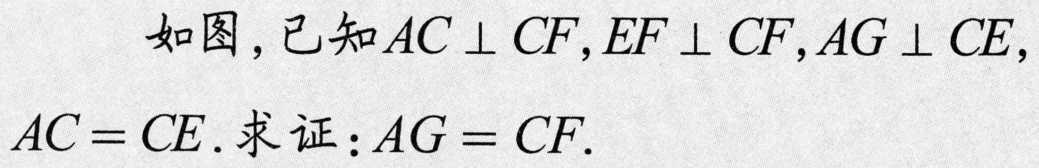
如图，已知 \(AC\perp CF\)，\(EF\perp CF\)，\(AG\perp CE\)，\(AC = CE\). 求证：\(AG = CF\).